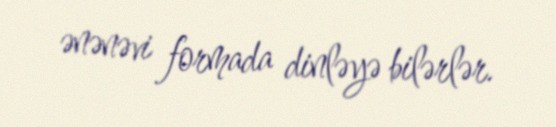
ənənəvi formada dinləyə bilərlər.